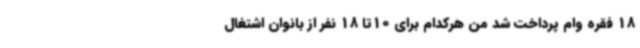
18 فقره وام پرداخت شد من هرکدام برای 10تا 18 نفر از بانوان اشتغال